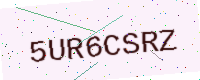
Text: 5UR6CSRZ